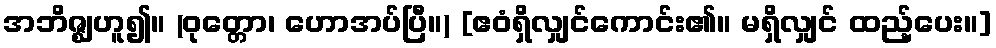
အဘိဇ္ဈဟူ၍။ (ဝုတ္တော၊ ဟောအပ်ပြီ။) [ဧဝံရှိလျှင်ကောင်း၏။ မရှိလျှင် ထည့်ပေး။]